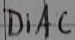
Text: DiAC